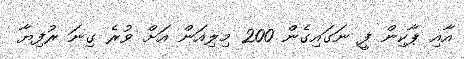
އާއި ޕާކިން ފީ ނަގައިގެން 200 މިލިއަން އަށް ވުރެ ގިނަ ރުފިޔާ